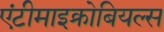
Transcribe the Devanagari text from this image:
एंटीमाइक्रोबियल्स